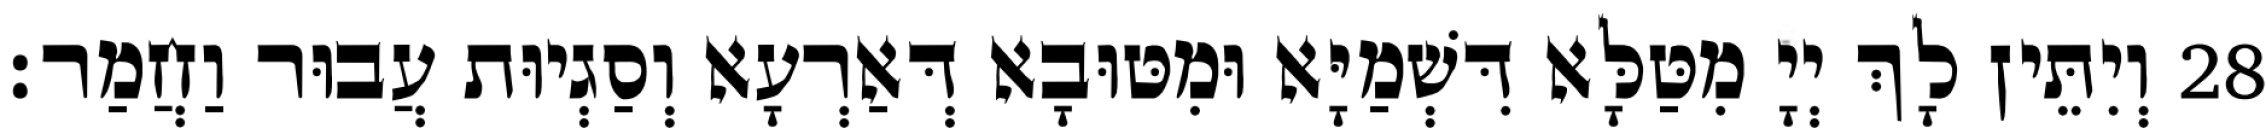
28 וְיִתֵּין לָךְ יְיָ מִטַּלָּא דִּשְׁמַיָּא וּמִטּוּבָא דְּאַרְעָא וְסַגְיוּת עֲבוּר וַחֲמַר׃